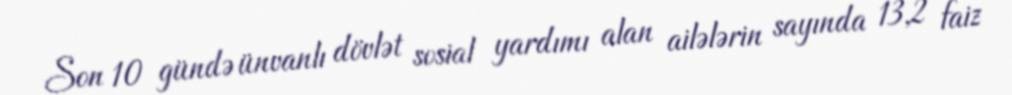
Son 10 gündə ünvanlı dövlət sosial yardımı alan ailələrin sayında 13,2 faiz